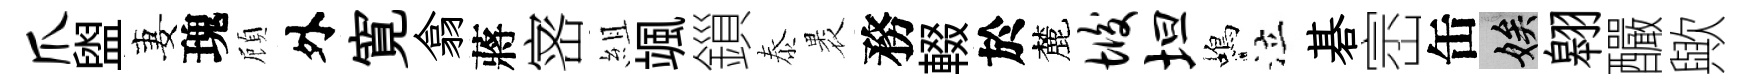
爪盥妻瑰頋外寛翕蔣宻組颯鎻泰褁務輟於麓垢坦蝎泣碁崈缶娭翱釅歟